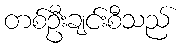
တစ်ဦးချင်းစီသည်